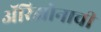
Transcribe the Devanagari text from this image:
अॅरिझोनाची